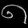
Digit: ၈